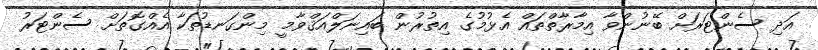
އަދި ސެންޓަރަށް ބޭނުންވާ އިމާރާތްތައް އެޅުމުގެ އިތުރުން ބައިނަލްއަޤްވާމީ މިންގަނޑުތަކާ އެއްގޮތަށް ސެންޓަރު